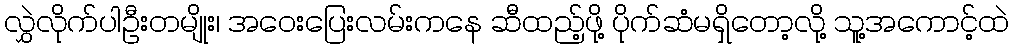
လွှဲလိုက်ပါဦးတမျိုး၊ အဝေးပြေးလမ်းကနေ ဆီထည့်ဖို့ ပိုက်ဆံမရှိတော့လို့ သူ့အကောင့်ထဲ